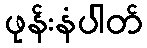
ဖုန်းနံပါတ်